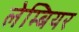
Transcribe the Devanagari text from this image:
लेम्बियर